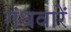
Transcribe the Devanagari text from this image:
गंधवारें